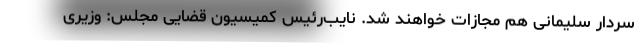
سردار سلیمانی هم مجازات خواهند شد. نایب‌رئیس کمیسیون قضایی مجلس: وزیری